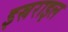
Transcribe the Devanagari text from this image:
इस्रराइल